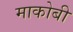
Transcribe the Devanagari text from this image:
माकोबी